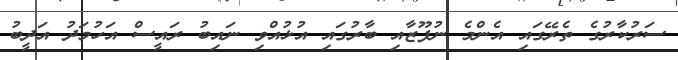
ސަރުކާރުގެ ތެރޭގައި އެންމެ ނުފޫޒާއި ބާރުގައި އުޅުއްވި ނައިބު ރައީސް އަހުމަދު އަދީބު